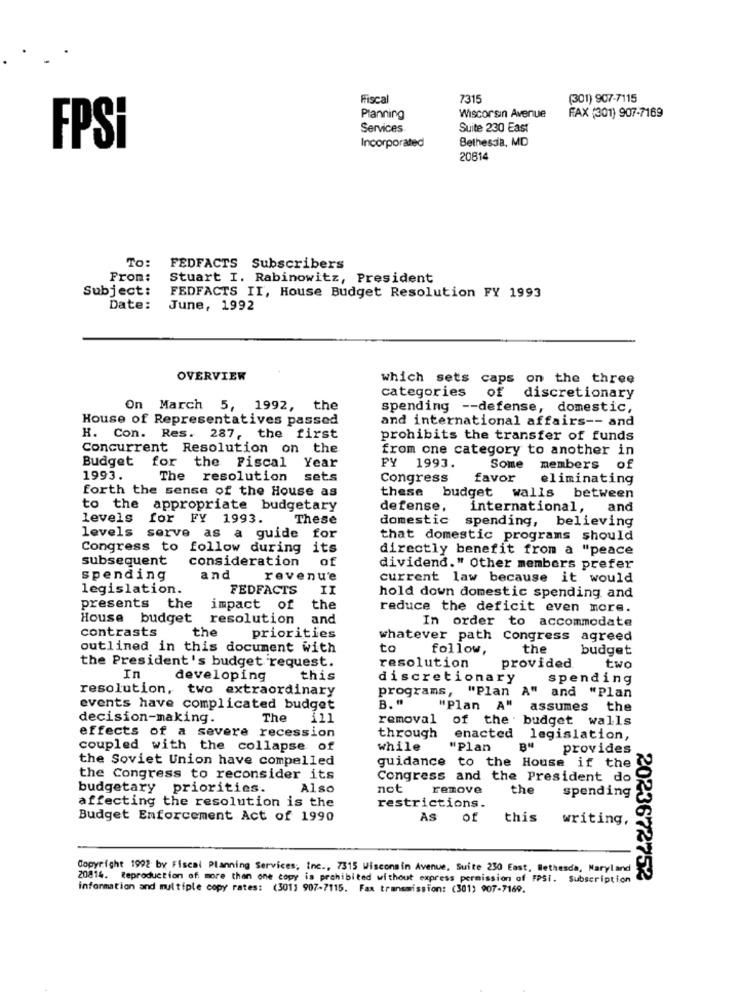
Fiscal
7315
(301) 907-7115
Planning
Wisconsin Avenue
FAX (301) 907-7169
Services
Suite 230 East
Bethesda, MD
FPSi
Incorporated
20814
To:
FEDFACTS Subscribers
From:
Stuart I. Rabinowitz, President
Subject:
FEDFACTS II, House Budget Resolution FY 1993
Date:
June, 1992
OVERVIEW
which sets caps on the three
of
categories
discretionary
On March 5, 1992, the
spending -- defense, domestic,
House of Representatives passed
and international affairs -- and
H. Con. Res. 287, the first
prohibits the transfer of funds
Concurrent Resolution on the
from one category to another in
Budget for the Fiscal Year
PY 1993.
Some members of
1993.
The resolution
sets
Congress
favor
eliminating
forth the sense of the House as
these
budget walls between
to the appropriate budgetary
defense,
international,
and
levels for FY 1993.
These
domestic
spending, believing
levels serve as a guide for
that domestic programs should
Congress to follow during its
directly benefit from a "peace
subsequent
consideration
of
dividend." Other members prefer
spending
and
revenue
current law because it would
legislation.
FEDFACTS
II
hold down domestic spending and
presents the
impact of
the
reduce the deficit even more.
House budget resolution
and
In order to accommodate
contrasts
the
priorities
whatever path Congress agreed
outlined in this document with
to
follow,
the
budget
the President's budget request.
resolution
provided.
two
In
developing
this
discretionary
spending
resolution, two extraordinary
programs, "Plan A" and "Plan
events have complicated budget
B. "
"Plan A" assumes
the
decision-making.
The
£11
removal
of the budget walls
effects of a severe recession
through
enacted legislation,
coupled with the collapse of
while
"Plan
BN
provides
the Soviet Union have compelled
guidance to the House if the
the Congress to reconsider its
Congress and the President do
budgetary priorities.
Also
not
remove
the
spending
affecting the resolution is the
restrictions.
Budget Enforcement Act of 1990
As of
this
writing,
Copyright 1992 by Fiscal Planning Services, Inc ., 7315 Wisconsin Avenue, Suite 230 East, Bethesda, Maryland
20814. Reproduction of more than one copy is prohibited without express permission of FPSI. Subscription
2023672752
information and multiple copy rates: (3011 907-7115. Fax transmission: (301) 907-7169.